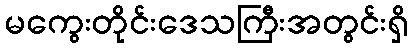
မကွေးတိုင်းဒေသကြီးအတွင်းရှိ